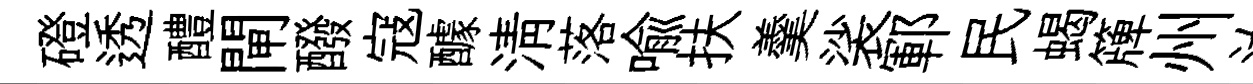
磴透醴閘醱寇醵淸落喻扶羹裟鄆民蝎簰州汝